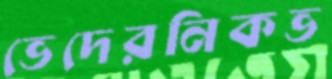
ভেদেরনিকভ